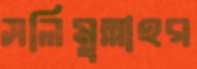
সলিমুল্লাহর